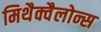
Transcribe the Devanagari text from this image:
मिथैक्वैलोन्स